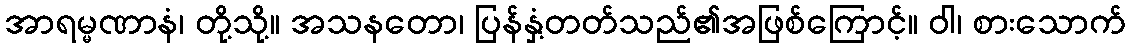
အာရမ္မဏာနံ၊ တို့သို့။ အသနတော၊ ပြန်နှံ့တတ်သည်၏အဖြစ်ကြောင့်။ ဝါ၊ စားသောက်